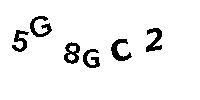
5G8GC2